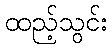
ထည့်သွင်း